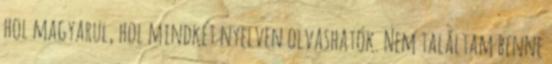
hol magyarul, hol mindkét nyelven olvashatók. Nem találtam benne